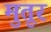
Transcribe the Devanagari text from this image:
मुतूर